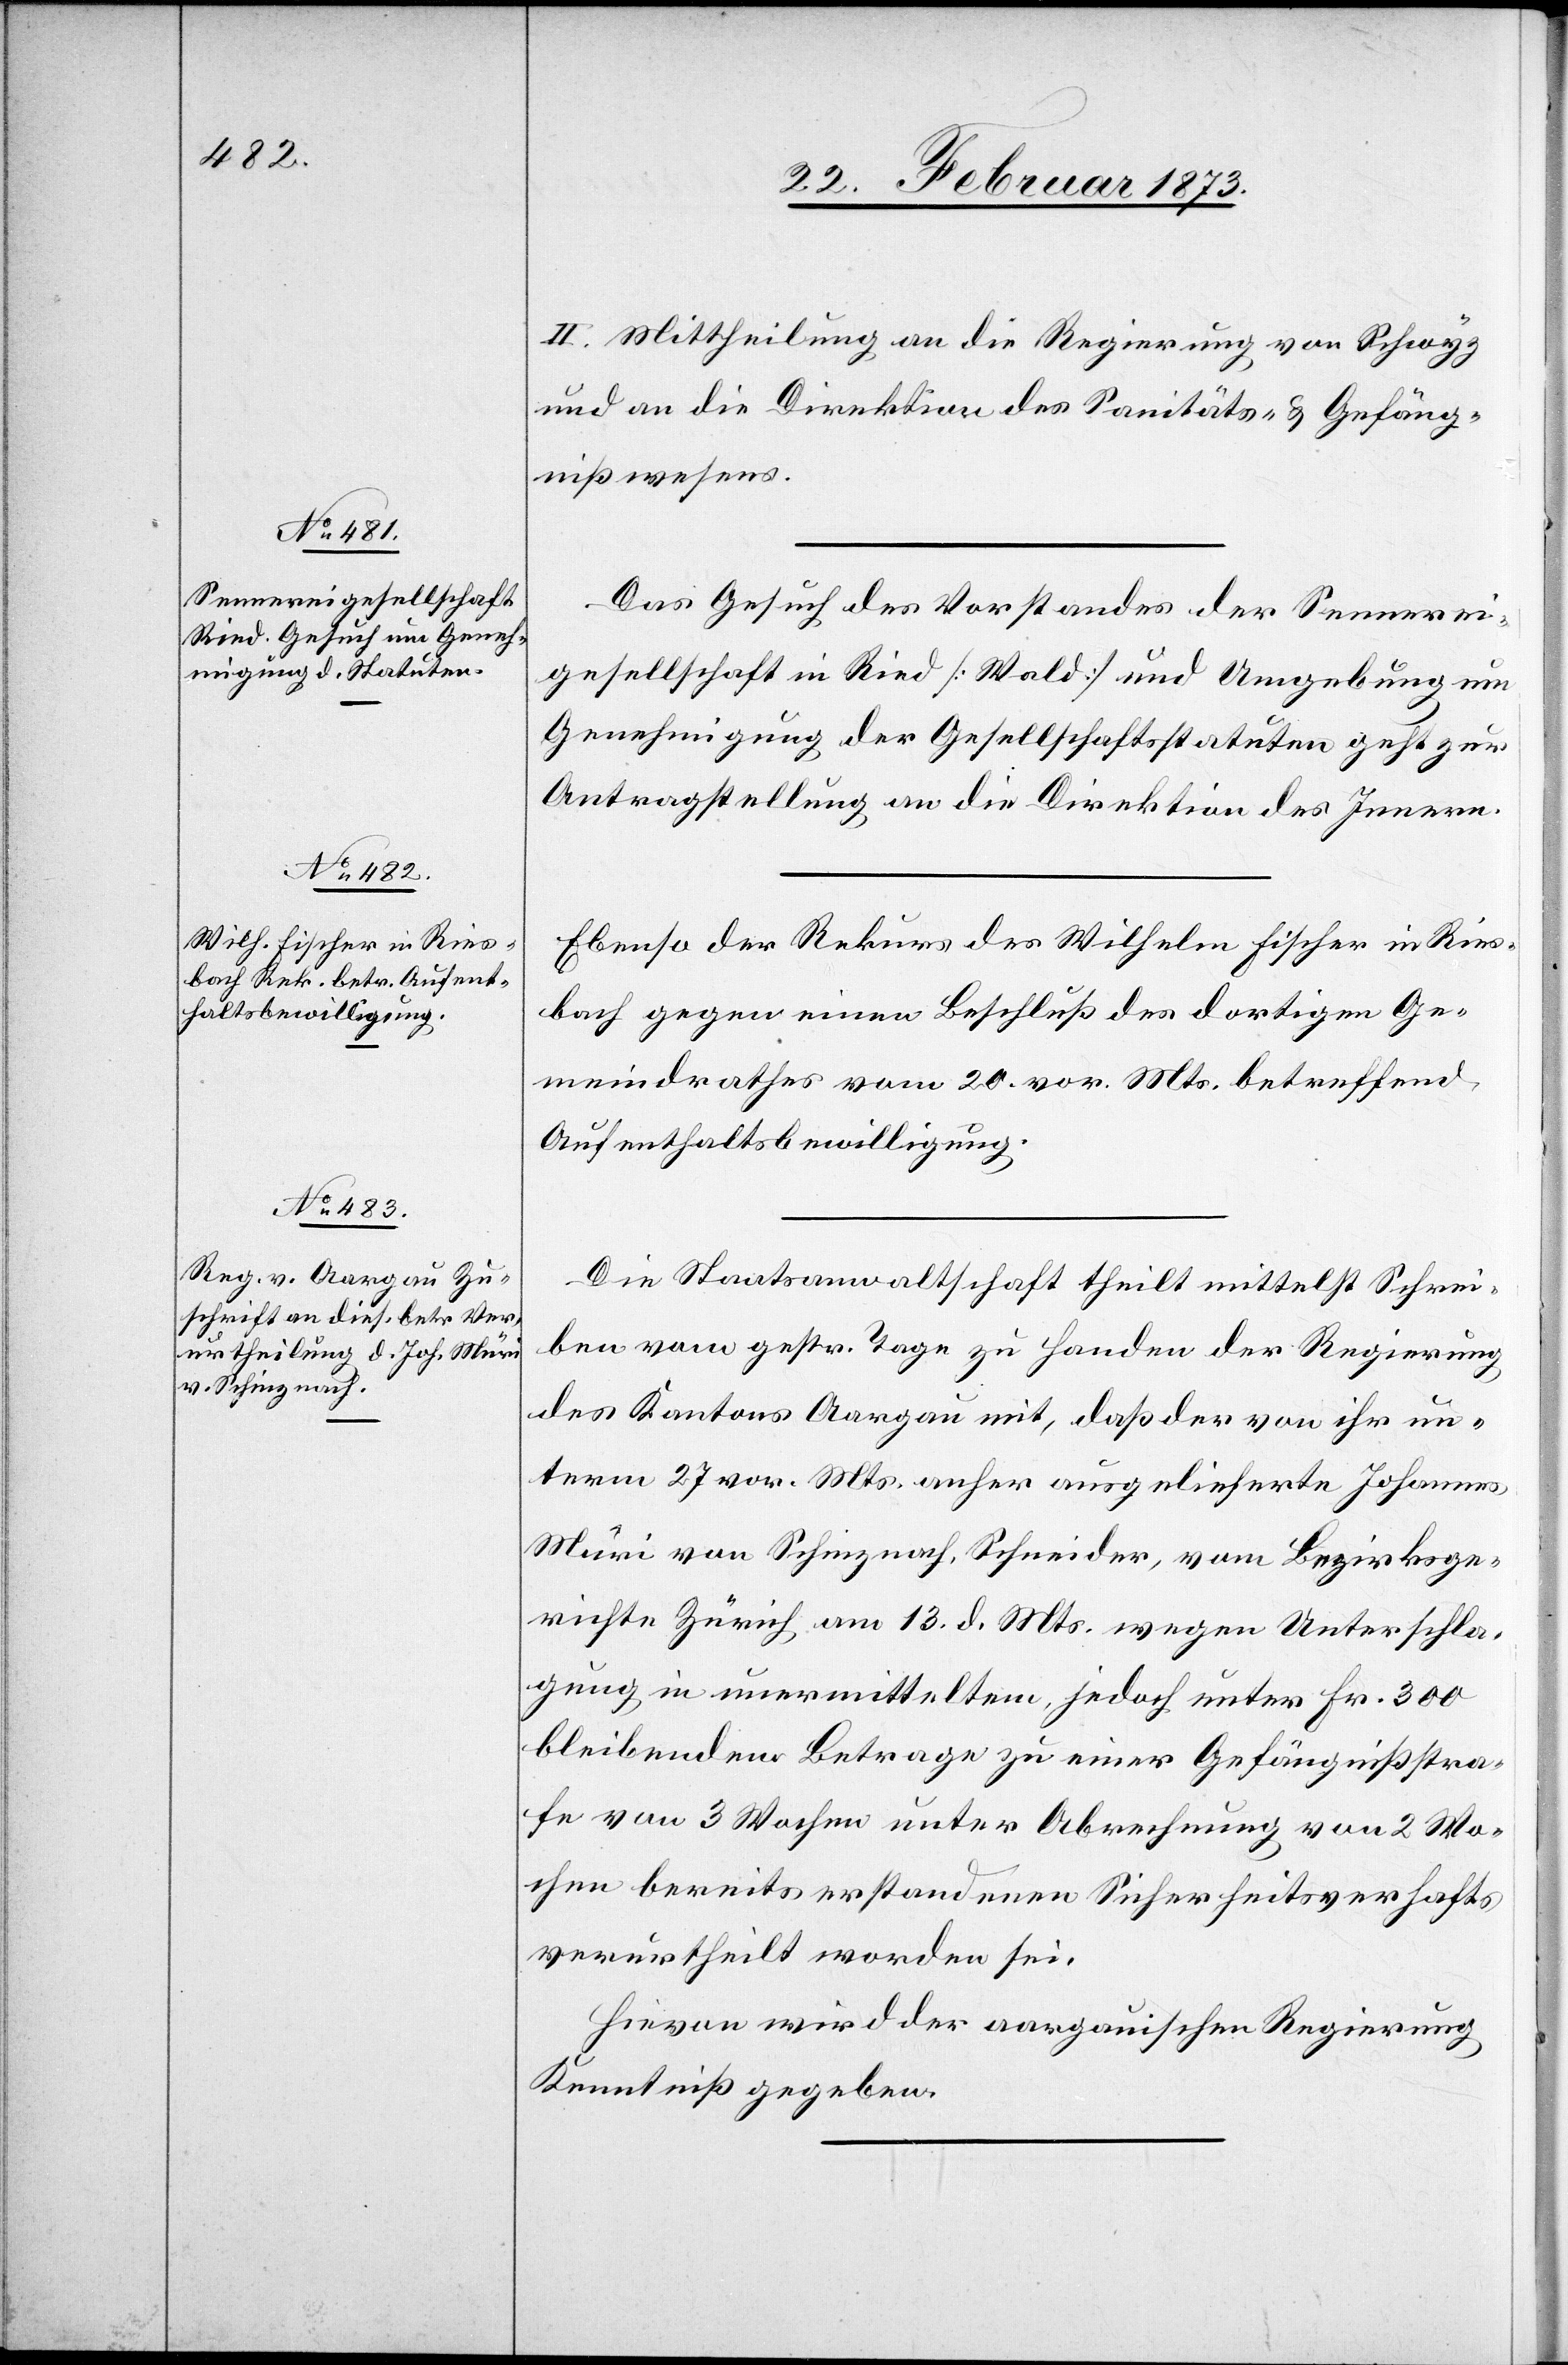
28. Februar 1873.]
II. Mittheilung an die Regierung von Schwyz
und an die Direktion des Sanitäts- u. Gefäng¬
nißwesens.
Das Gesuch des Vorstandes der Sennerei¬
gesellschaft in Ried [Wald] und Umgebung um
Genehmigung der Gesellschaftsstatuten geht zur
Antragstellung an die Direktion des Innern.
Ebenso der Rekurs des Wilhelm Fischer in Ries¬
bach gegen einen Beschluß des dortigen Ge¬
meindrathes vom 20. vor. Mts. betreffend
Aufenthaltsbewilligung.
Die Staatsanwaltschaft theilt mittelst Schrei¬
ben vom gestr. Tage zu Handen der Regierung
des Kantons Aargau mit, daß der von ihr un¬
term 27. vor. Mts. anher ausgelieferte Johannes
Müri von Schinznach, Schneider, vom Bezirksge¬
richte Zürich am 13. d. Mts. wegen Unterschla¬
gung in unermitteltem, jedoch unter Fr. 300
bleibendem Betrage zu einer Gefängnißstra¬
fe von 3 Wochen unter Abrechnung von 2 Wo¬
chen bereits erstandenen Sicherheitsverhafts
verurtheilt worden sei.
Hievon wird der aargauischen Regierung
Kenntniß gegeben.